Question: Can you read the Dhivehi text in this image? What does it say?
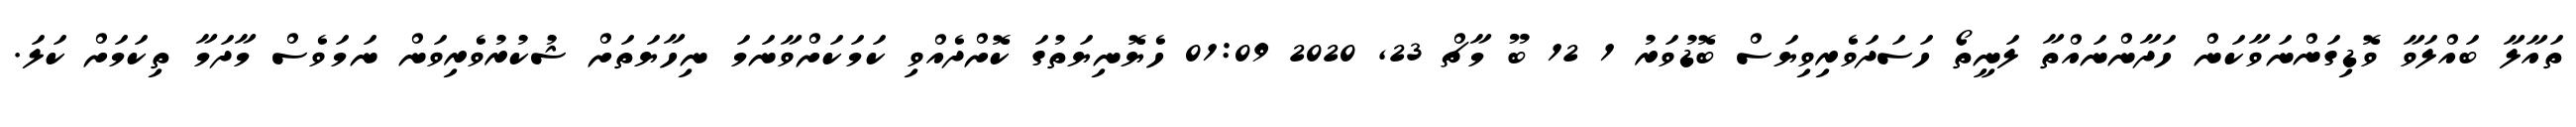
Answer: ތައާލާ ބައްލަވާ ވޮޑިގަންނަވާކަން ހަދާންނައްތާ ލަނީތޯ ހަސަދަވެރިވިޔަސް ބޮޑުވަރު 1 12 ބޫ މާޗް 23, 2020 01:09 ހެޔޮނިޔަތުގަ ކޮށްދެއްވި ކަމަކަށްވާނަމަ ނިހާޔަތަށް ޝުކުރުވެރިވަން ނަމަވެސް މާދަމާ ތިކަމަށް ކަލަ.